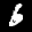
Label: 6